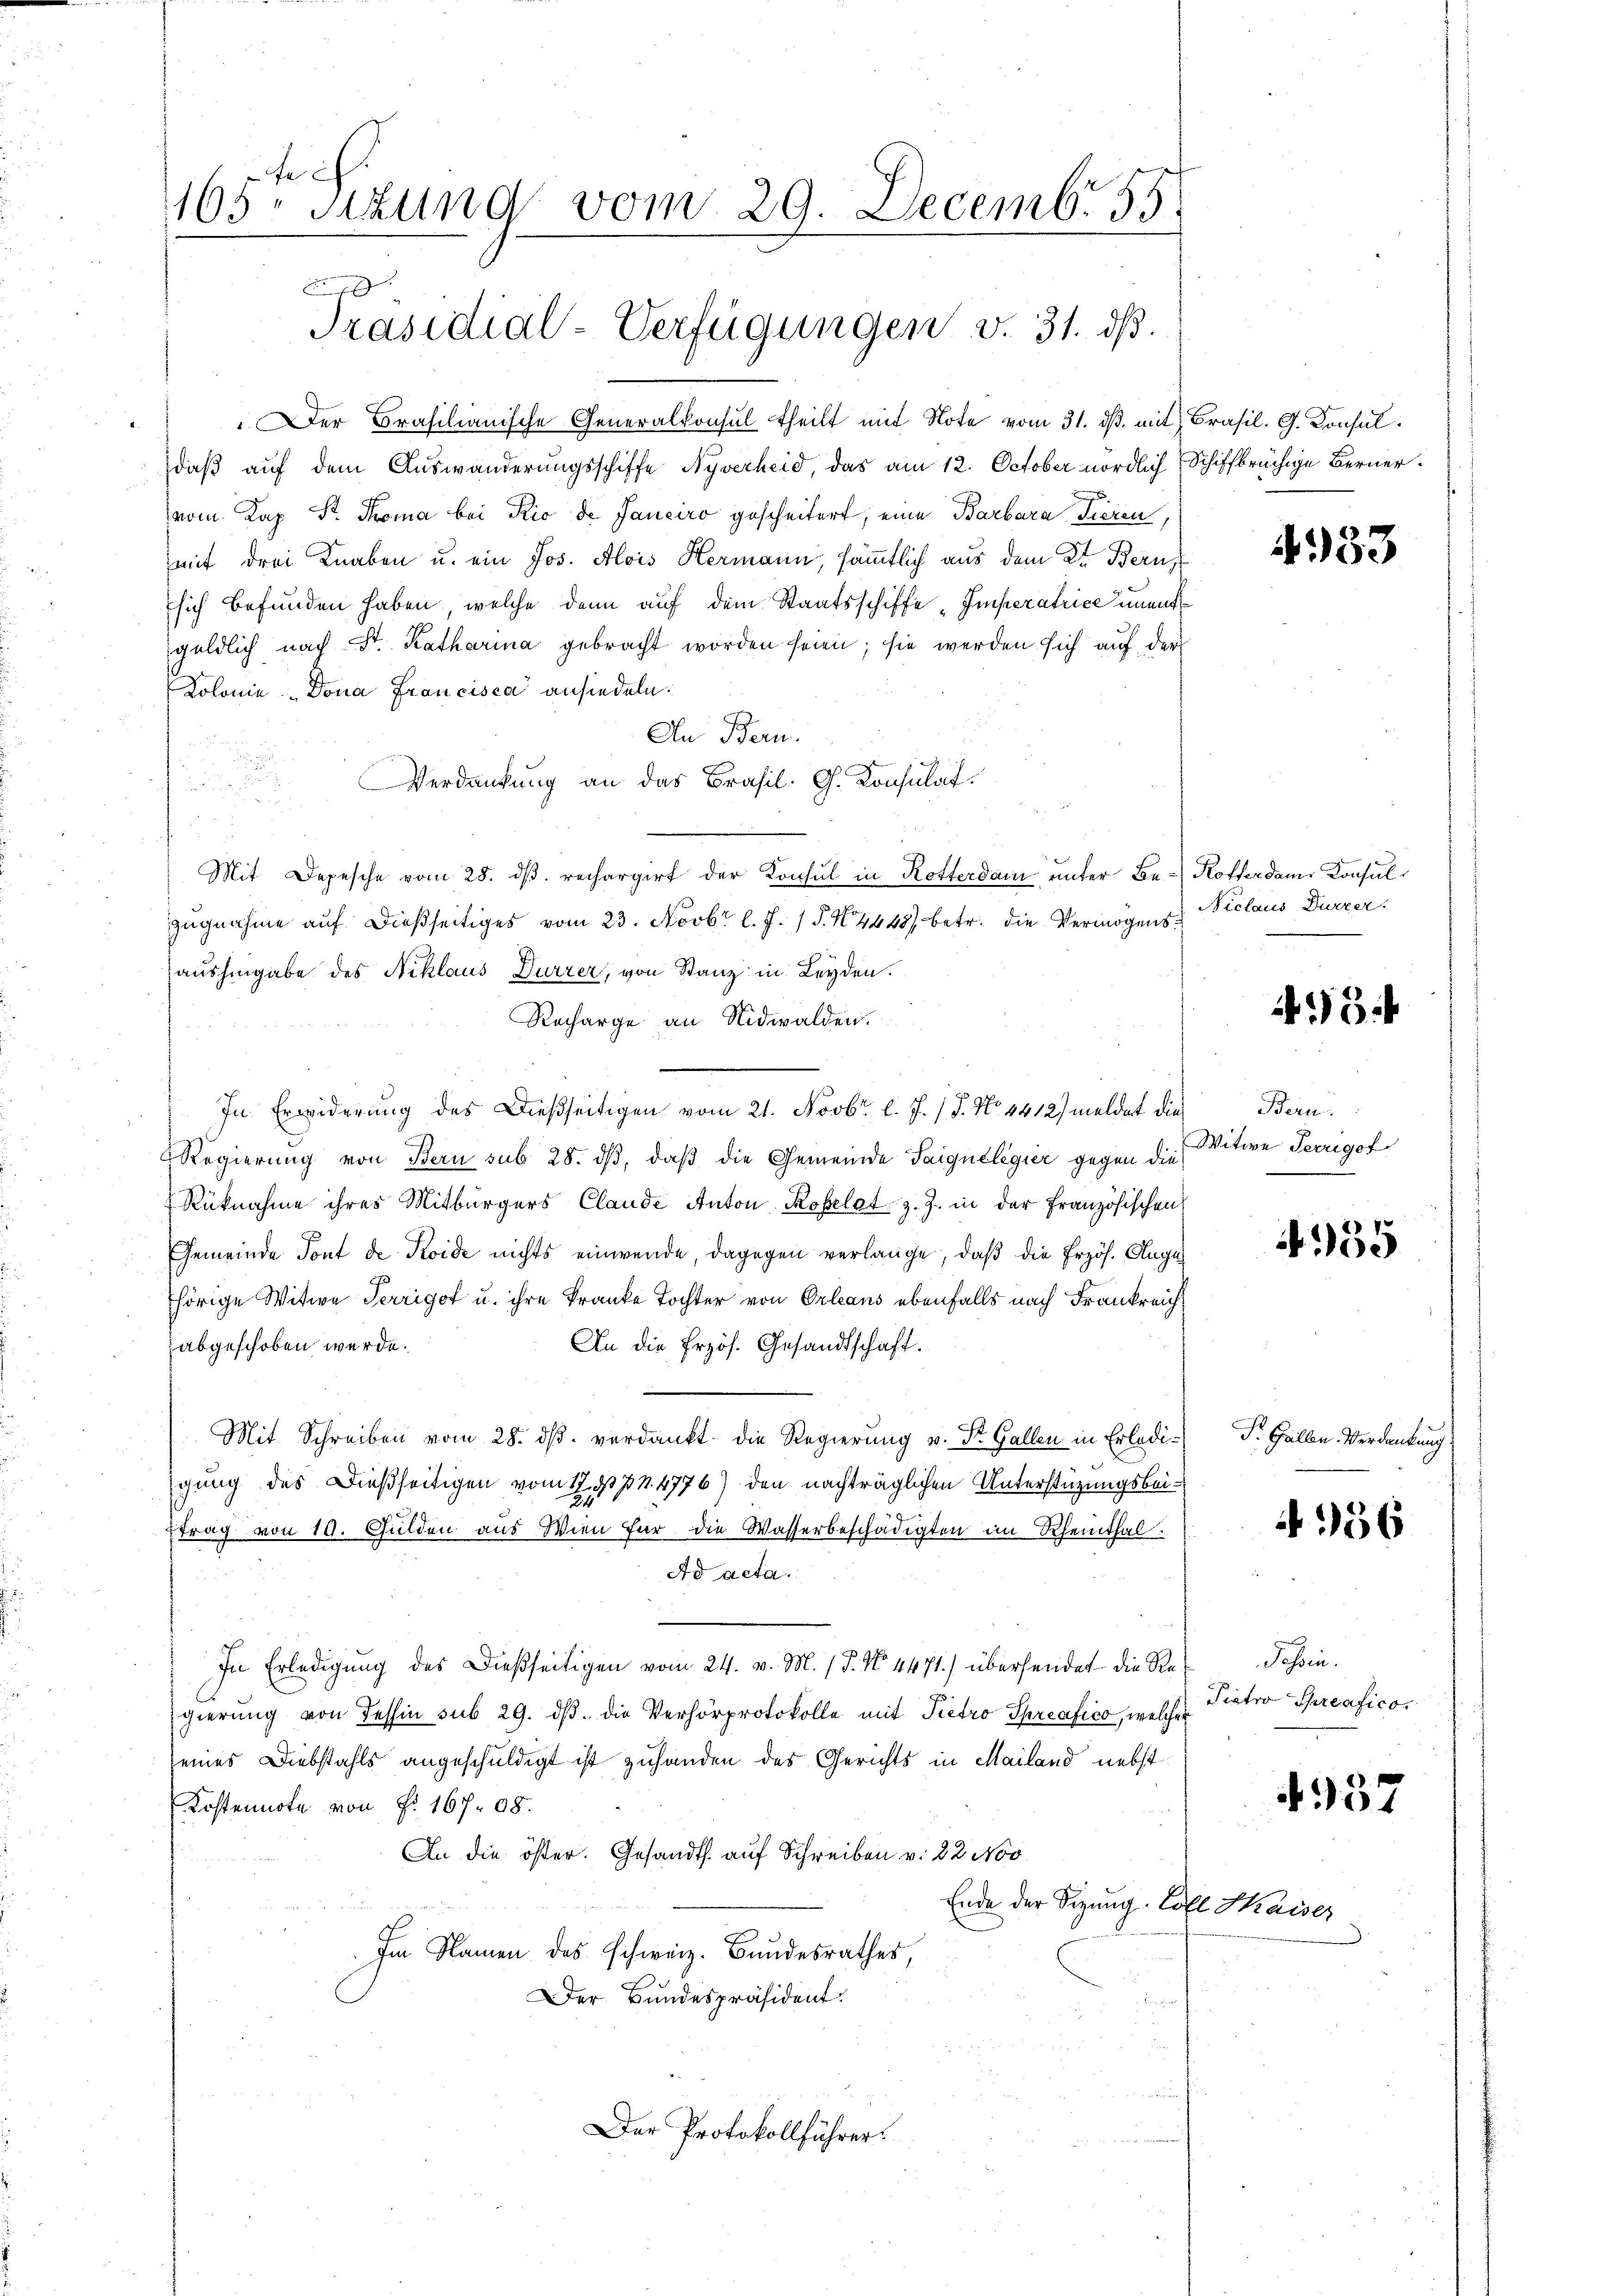
165. Sizung vom 29. Decemb. 55.
F
Präsidial-Verfügungen v. 31. ds.

Der Brasilianische Generalkonsul theilt mit Note vom 31. dβ. mit Brasil. G. Konsuldaß auf dem Auswanderungsschiffe Nyverheid, das am 12. October nördlich Schiffbrüchige Bernervom Kap. Pr. Thoma bei Rio de Janeiro gescheitert, eine Barbara Tieren,
mit drei Knaben u. ein Jos. Alois Hermann, sämmtlich aus dem K. Bern
sich befunden haben, welche dann auf dem Staatsschiffe „Imperatrice unent
geldlich nach St. Katharina gebracht worden seien; sie werden sich auf der
Kolonia Dona Francisca ansiedeln:
In Bern.
Verdankung an das Brasil G. Konsulat

Mit Depesche vom 28. ds. rechargirt der Konsul in Rotterdam, unter Be- Koffer dans Konsulzugnahme auf dießseitiges vom 23. Novbr l. J. P. N. 4448 betr. die Vermögensaushingabe des Niklaus Dürrer, von Stanz in Leyden.
Recharge an Nidwalden.
In Erwiderŭng des Dießseitigen vom 21. Novbr. l. J. (T. No. 4412) meldet die Bern.
Regierung von Bern sub 28. dβ, daβ die Gemeinde Saiquélegier gegen die Witwe Terrigot
Rüknahme ihres Mitbürgers Claude Anton Kopelst z. Z. in der Französischen
Gemeinde Tout de Koide nichts einwende, dagegen verlange, daß die Erzös. Augu
thörige Witwe Terrigot u. ihre Kranke Tochter von Orleans ebenfalls nach Frankreich
abgeschoben werde.
An die Przös. Gesandtschaft.
Mit Schreiben vom 28. ds. verdankt, die Regierung v. St. Gallen in Erlediigung des Dießseitigen vom 12. 9. pr. 4776) den nachträglichen Unterstüzungsbei¬
24
Etrag von 10. Gulden aus Wien für die Wasserbeschädigten im Rheinthal.
Ad acta.
In Erledigŭng des dießseitigen vom 24. v. M. (T. No. 4471) übersendet die Re-Tessin.
gierung von Tessin sub 29. dβ. die Verhörprotokolle mit Pietro Spreafico, welches
seines Diebstahls angeschuldigt ist zuhanden des Gerichts in Mailand nebst
Kostennote von Fr. 16708.
An die öster. Gesandts. auf Schreiben v. 22 Nov
Ende der Sizung. Soll Kaiser
Im Namen des Schweiz. Bundesrathes,
Der Bundespräsident:
Der Protokollführer.

Niclaus Dürzer.

P. Gallen. Verdankung

Piatro Spreafico,

4933

493.

455

956

4337